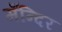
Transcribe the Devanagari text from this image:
मँन्दिर